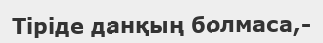
Тіріде данқың болмаса,-